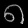
Digit: ၈